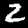
Label: 2